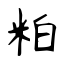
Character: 粕